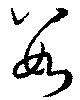
數